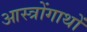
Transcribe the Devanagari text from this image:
आस्त्रोंगाथों